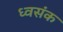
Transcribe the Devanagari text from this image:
ध्वसंक